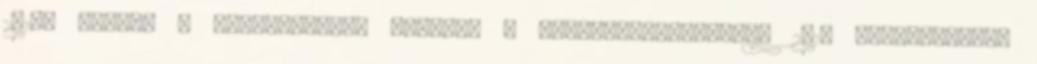
2014. július A mezőgazdaság szerepe a nemzetgazdaságban, 2013 STATISZTIKAI